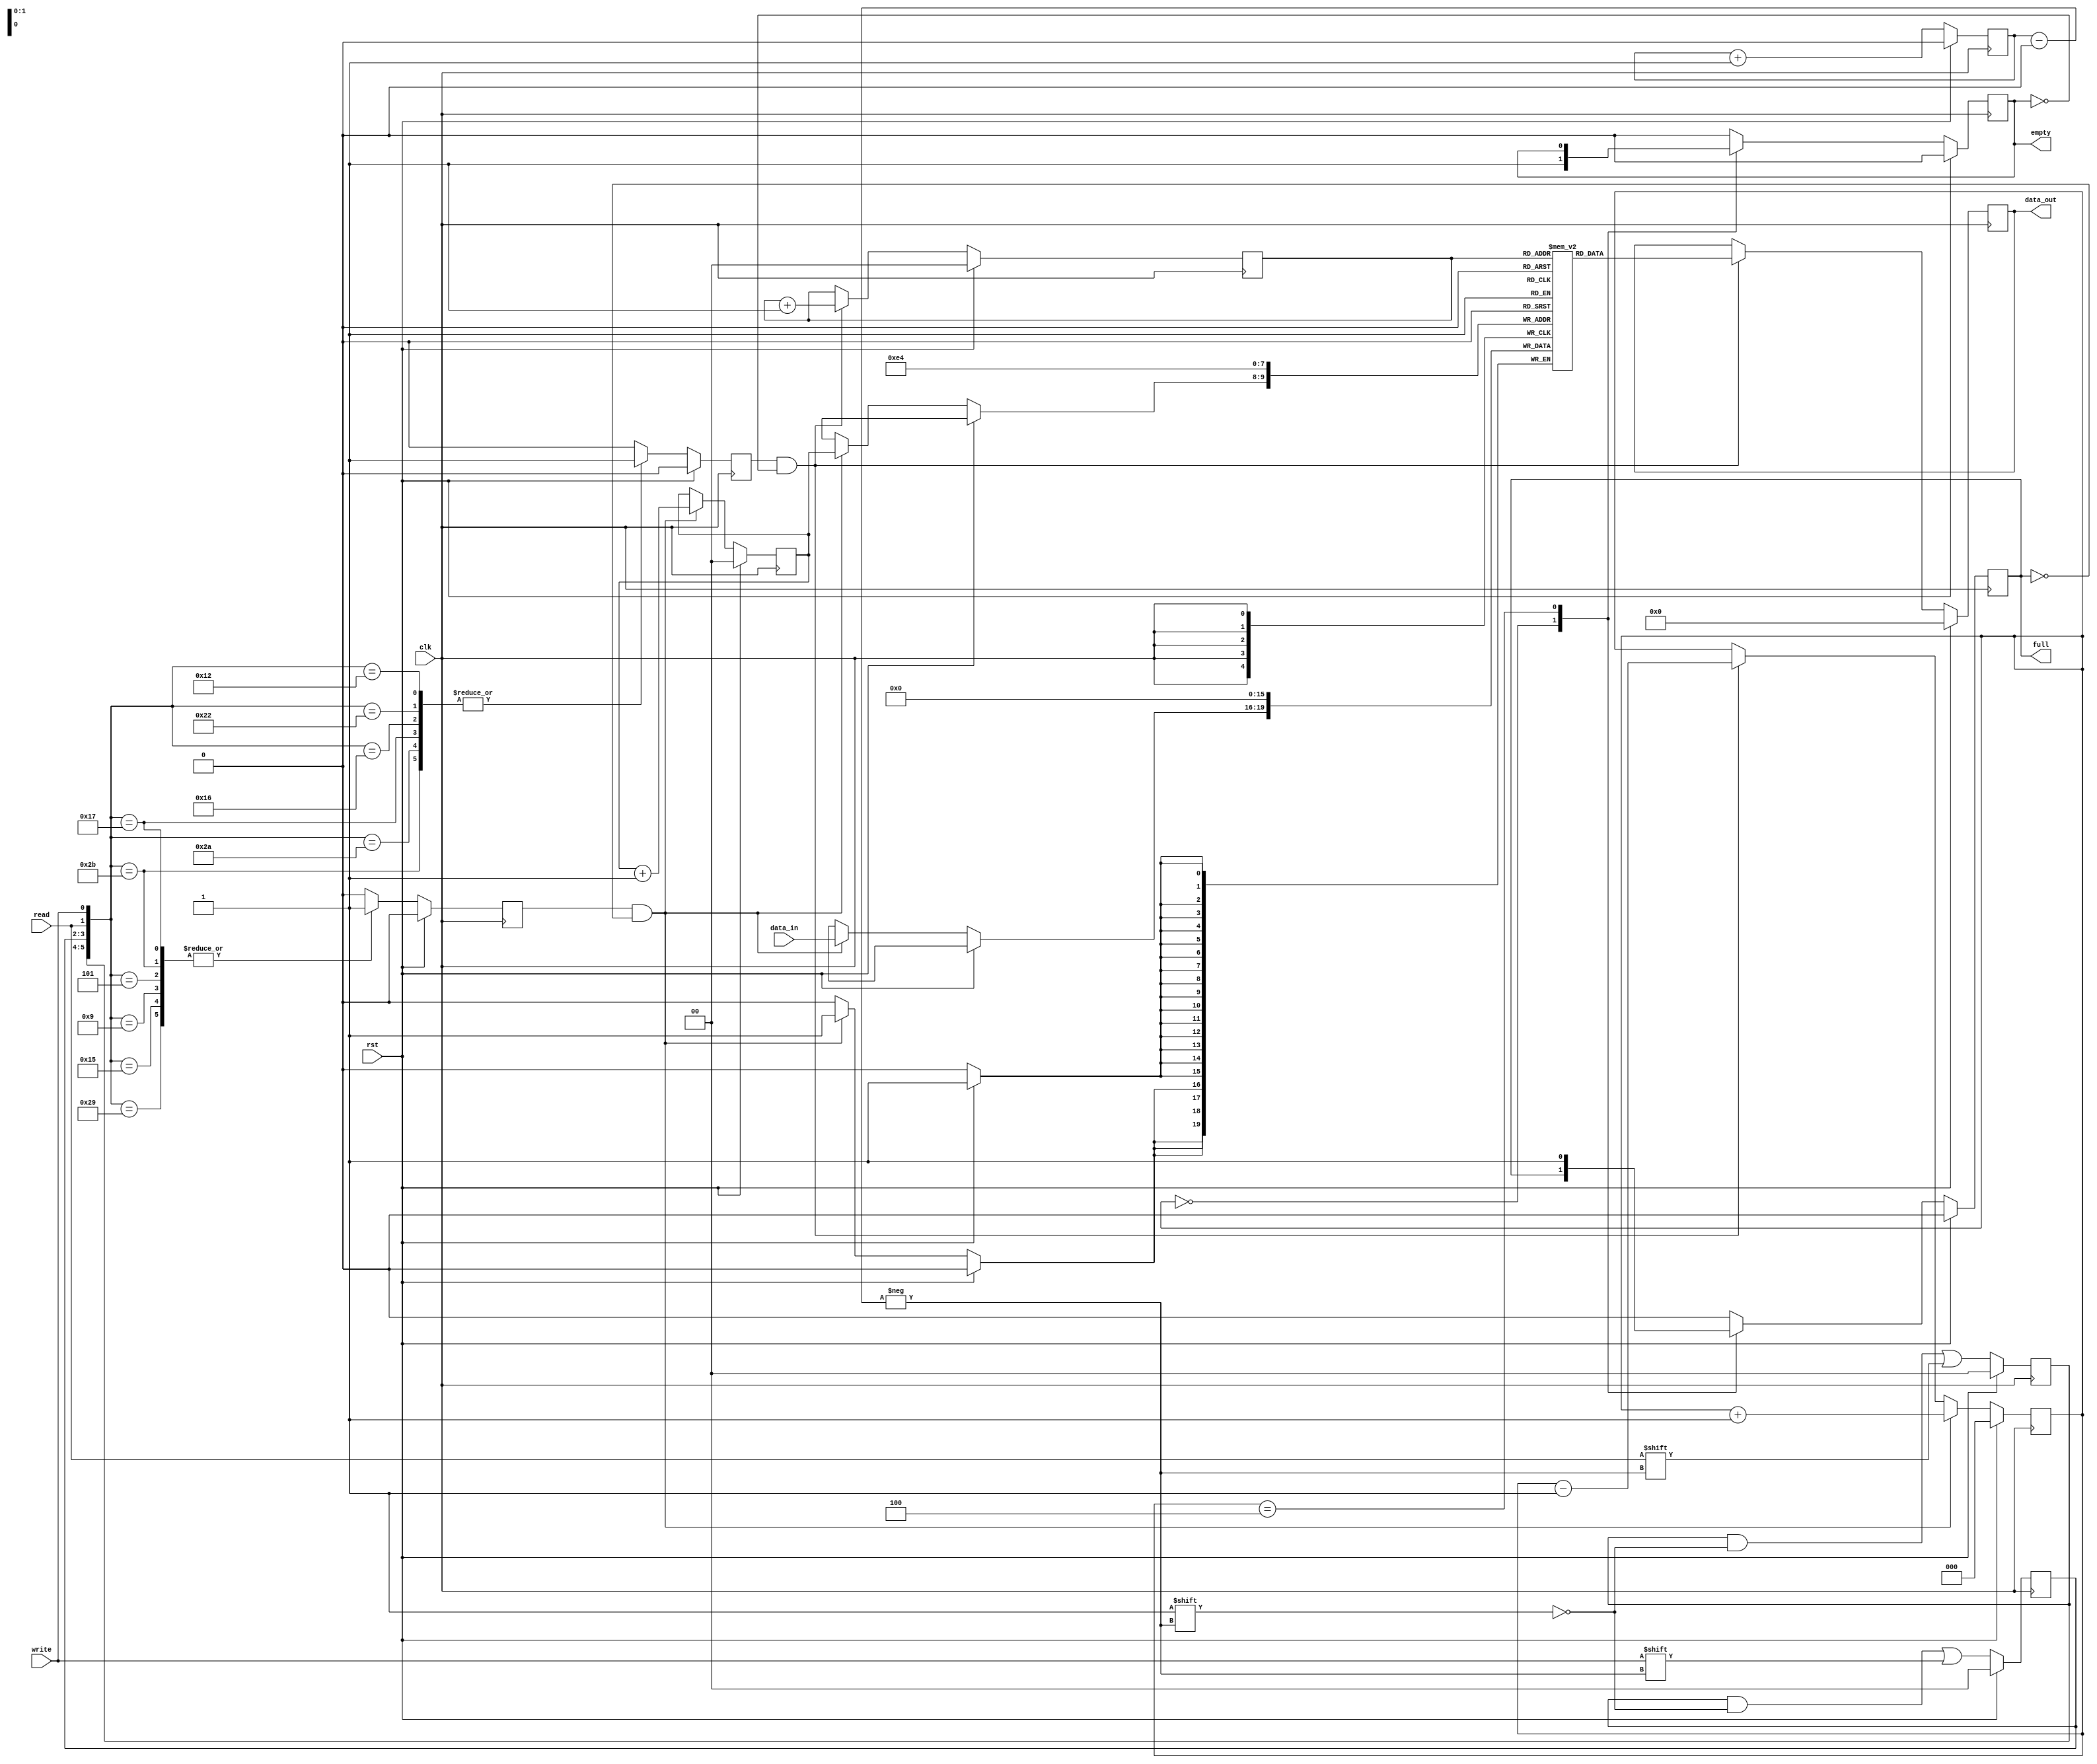
`timescale 1ns / 1ps
//////////////////////////////////////////////////////////////////////////////////
// Company: 
// Engineer: 
// 
// Design Name: 
// Module Name: fifo
// Project Name: 
// Target Devices: 
// Tool Versions: 
// Description: 
// 
// Dependencies: 
// 
// Revision:
// Revision 0.01 - File Created
// Additional Comments:
// 
//////////////////////////////////////////////////////////////////////////////////


module fifo(
    input clk,rst,read,write,
    input [3:0] data_in,
    output reg full,empty,
    output reg [3:0] data_out
    );
    reg [3:0] mem [0:3];
    reg[2:0] count;
    reg [1:0] rp,wp,a,c;
    reg b,rc,wc;
    always@(posedge clk)
    begin
    if(rst)
    begin
    rc<=0;
    wc<=0;
    data_out<=4'd0;
    full<=0;
    c<=2'd0;
    empty<=0;
    wp<=0;
    rp<=0;
    mem[0]<=4'd0;
    mem[1]<=4'd0;
    mem[2]<=4'd0;
    mem[3]<=4'd0;
    a<=2'd0;
    b<=1'd0;
    count<=3'd0;
    end
    else
    begin
    case(count)
    3'd0:empty<=1'd1;
    3'd4:full<=1'd1;
    default:{empty,full}<=2'd0;
    endcase
    b<=b+1;
    c[b]<=write;
    a[b]<=read;
    case({a,c,read,write})
    6'b101011:{rc,wc}<=2'b11;
    6'b101001:{rc,wc}<=2'b01;
    6'b101010:{rc,wc}<=2'b10;
    6'b010111:{rc,wc}<=2'b11;
    6'b010101:{rc,wc}<=2'b01;
    6'b010110:{rc,wc}<=2'b10;
    6'b100010:{rc,wc}<=2'b10;
    6'b010010:{rc,wc}<=2'b10;
    6'b001001:{rc,wc}<=2'b01;
    6'b000101:{rc,wc}<=2'b01;
    default:{rc,wc}<=2'b00;
    endcase
    if(rc&(!empty))
    begin
    data_out<=mem[rp];
    rp<=rp+1;
    count<=count-1;
    end
    if(wc&(!full))
    begin
    mem[wp]<=data_in;
    wp<=wp+1;
    count<=count+1;
    end
    end
    end
    endmodule